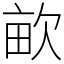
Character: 𣢿